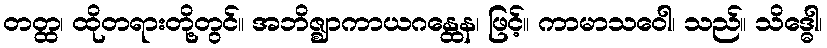
တတ္ထ၊ ထိုတရားတို့တွင်။ အဘိဇ္ဈာကာယဂန္ထေန၊ ဖြင့်။ ကာမာသဝေါ၊ သည်။ သိဒ္ဓေါ၊